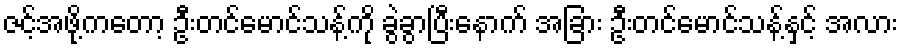
ဇင့်အဖို့ကတော့ ဦးတင်မောင်သန့်ကို ခွဲခွာပြီးနောက် အခြား ဦးတင်မောင်သန့်နှင့် အလား